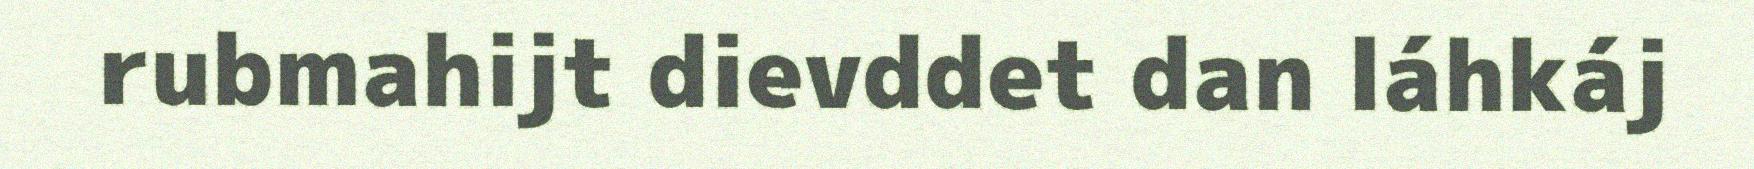
rubmahijt dievddet dan láhkáj